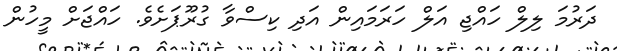
ދަރުމަ ލިލް ހައްޖި އަލް ހަރަމައިން އަދި ކިސްވާ ގުރޫޕަށެވެ. ހައްޖަށް މީހުން